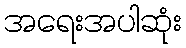
အရေးအပါဆုံး